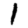
Digit: 1